Sketch of the medical history of the native army of Bombay, for the year
Year: 1875
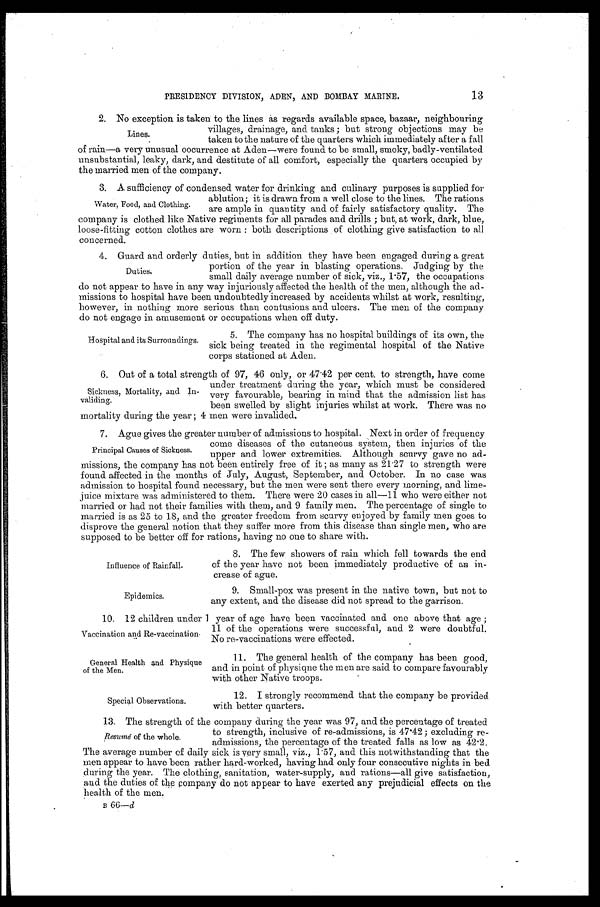
Influence of Rainfall.
Epidemics.
General Health and Physique
of the Men.
Special Observations.
13
PRESIDENCY DIVISION, ADEN, AND BOMBAY MARINE.
2. No exception is taken to the lines as regards available space, bazaar, neighbouring
villages, drainage, and tanks ; but strong objections may be
taken to the nature of the quarters which immediately after a fall
of rain—a very unusual oocurrence at Aden—were found to be small, smoky, badly-ventilated
unsubstantial, leaky, dark, and destitute of all comfort, especially the quarters occupied by
the married men of the company.
3. A sufficiency of condensed water for drinking and culinary purposes is supplied for
ablution; it is drawn from a well close to the lines. The rations
are ample in quantity and of fairly satisfactory quality. The
company is clothed like Native regiments for all parades and drills ; but, at work, dark, blue,
loose-fitting cotton clothes are worn : both descriptions of clothing give satisfaction to all
concerned.
4. Guard and orderly duties, but in addition they have been engaged during a great
portion of the year in blasting operations. Judging by the
small daily average number of sick, viz., 1.57, the occupations
do not appear to have in any way injuriously affected the health of the men, although the ad-
missions to hospital have been undoubtedly increased by accidents whilst at work, resulting,
however, in nothing more serious than contusions and ulcers. The men of the company
do not engage in amusement or occupations when off duty.
Lines.
Water, Food, and Clothing.
Duties.
Hospital and its Surroundings.
5. The company has no hospital buildings of its own, the
sick being treated in the regimental hospital of the Native
corps stationed at Aden.
6. Out of a total strength of 97, 46 only, or 47.42 per cent. to strength, have come
under treatment during the year, which must be considered
very favourable, bearing in mind that the admission list has
been swelled by slight injuries whilst at work. There was no
mortality during the year ; 4 men were invalided.
7. Ague gives the greater number of admissions to hospital. Next in order of frequency
come diseases of the cutaneous system, then injuries of the
upper and lower extremities. Although scurvy gave no ad
-missions, the company has not been entirely free of it ; as many as 21.27 to strength were
found affected in the months of July, August, September, and October. In no case was
admission to hospital found necessary, but the men were sent there every morning, and lime
-juice mixture was administered to them. There were 20 cases in all—11 who were either not
married or had not their families with them, and 9 family men. The percentage of single to
married is as 25 to 18, and the greater freedom from scurvy enjoyed by family men goes to
disprove the general notion that they suffer more from this disease than single men, who are
supposed to be better off for rations, having no one to share with.
Sickness, Mortality, and In
-validing.
Principal Causes of Sickness.
8. The few showers of rain which fell towards the end
of the year have not been immediately productive of an in
-crease of ague.
9. Small-pox was present in the native town, but not to
any extent, and the disease did not spread to the garrison.
10. 12 children under 1 year of age have been vaccinated and one above that age ;
11 of the operations were successful, and 2 were doubtful.
No re-vaccinations were effected.
Vaccination and Re-vaccination
.
11. The general health of the company has been good,
and in point of physique the men are said to compare favourably
with other Native troops.
12. I strongly recommend that the company be provided
with better quarters.
13. The strength of the company during the year was 97, and the percentage of treated
to strength, inclusive of re-admissions, is 47.42; excluding re
-admissions, the percentage of the treated falls as low as 42.2.
The average number of daily sick is very small, viz., 1.57, and this notwithstanding that the
men appear to have been rather hard-worked, having had only four consecutive nights in bed
during the year. The clothing, sanitation, water-supply, and rations—all give satisfaction,
and the duties of the company do not appear to have exerted any prejudicial effects on the
health of the men.
B
6 6 —
d
Resumé of the whole.